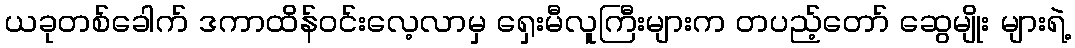
ယခုတစ်ခေါက် ဒကာထိန်ဝင်းလေ့လာမှ ရှေးမီလူကြီးများက တပည့်တော် ဆွေမျိုး များရဲ့